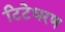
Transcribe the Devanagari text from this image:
टिटेधरण